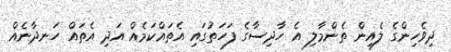
ދިވެހިންގެ ލެއިން ތެންމާލި އެ ހާދިސާގެ ފަހަތުގައި އެތައްކަމެއް އަދި އެތައް ހަނދާނެއް